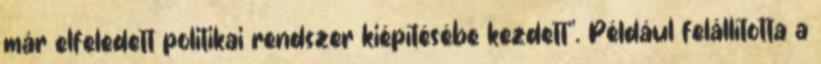
már elfeledett politikai rendszer kiépítésébe kezdett". Például felállította a